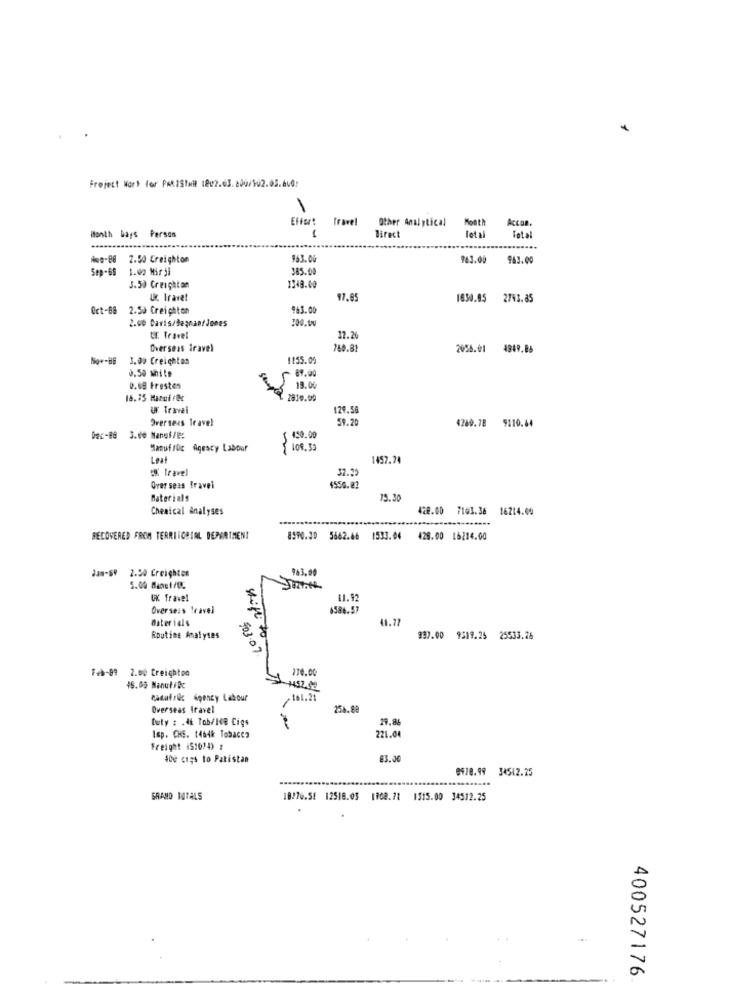
Freject Wort for PAR1STull 1802.63.200/102.05.660:
Effort
Travel
Other Analytical
Accun.
Firest
Month
Total
Month bays Person
Total
we-88 2.50 Creighton
963.00
963.00
943.00
Sep-69
1.00 Mirji
385.00
3.50 Creighton
1349.00
U Iravet
97.05
1830.95 2743.85
Oct-88 2.53 Creighton
963.00
2.00 Daris/degnant Jones
200.00
12.26
Overseas travel
768.81
2056.01 4949.05
3.00 Creighton
1155.05
0.50 white
5 00.00
0.68 Frestes
19.06
18.75 Matuf rfc
₹ 2810.00
Ur Travel
129.50
Overseas Travel
59.20
4280.78 9120.64
Dec-88 3.00 Manuf/C:
ManuffOc Agescy Labpor
₹ 109.59
Leat
1457.74
"K Travel
32.29
Over seas Travel
4550.82
Materials
15.30
Chemical Analyses
428.00 7103.36 16214.00
RECOVERED FROM TERRITORIAL DEPARTMENT
8590.30 5662.66 1533.04
428.00 16214.00
2.90 Creighton
963.00
5.00 Manut/CC
UK Travel
11.92
Overseas travel
6586.57
Materials
41.27
Routing Analyses
937.00 9519.25 25533.26
will to
903.07
170,00
Feb-89 2.00 Creighton
45.03 Manutibc
cacafrec Agency Labour
161.21
Overseas Iravel
250.88
Duty # .It Tob/ice Cigs
29.8
221.0
Isp. CHS. t46dk Tobacco
Freight (5:074) :
400 cigs to Pakistan
€3. 00
0978.99 34512.25
GRAND TOTALS
18276.51 12518.03 1902.71 1315.00 34512.25
400527176